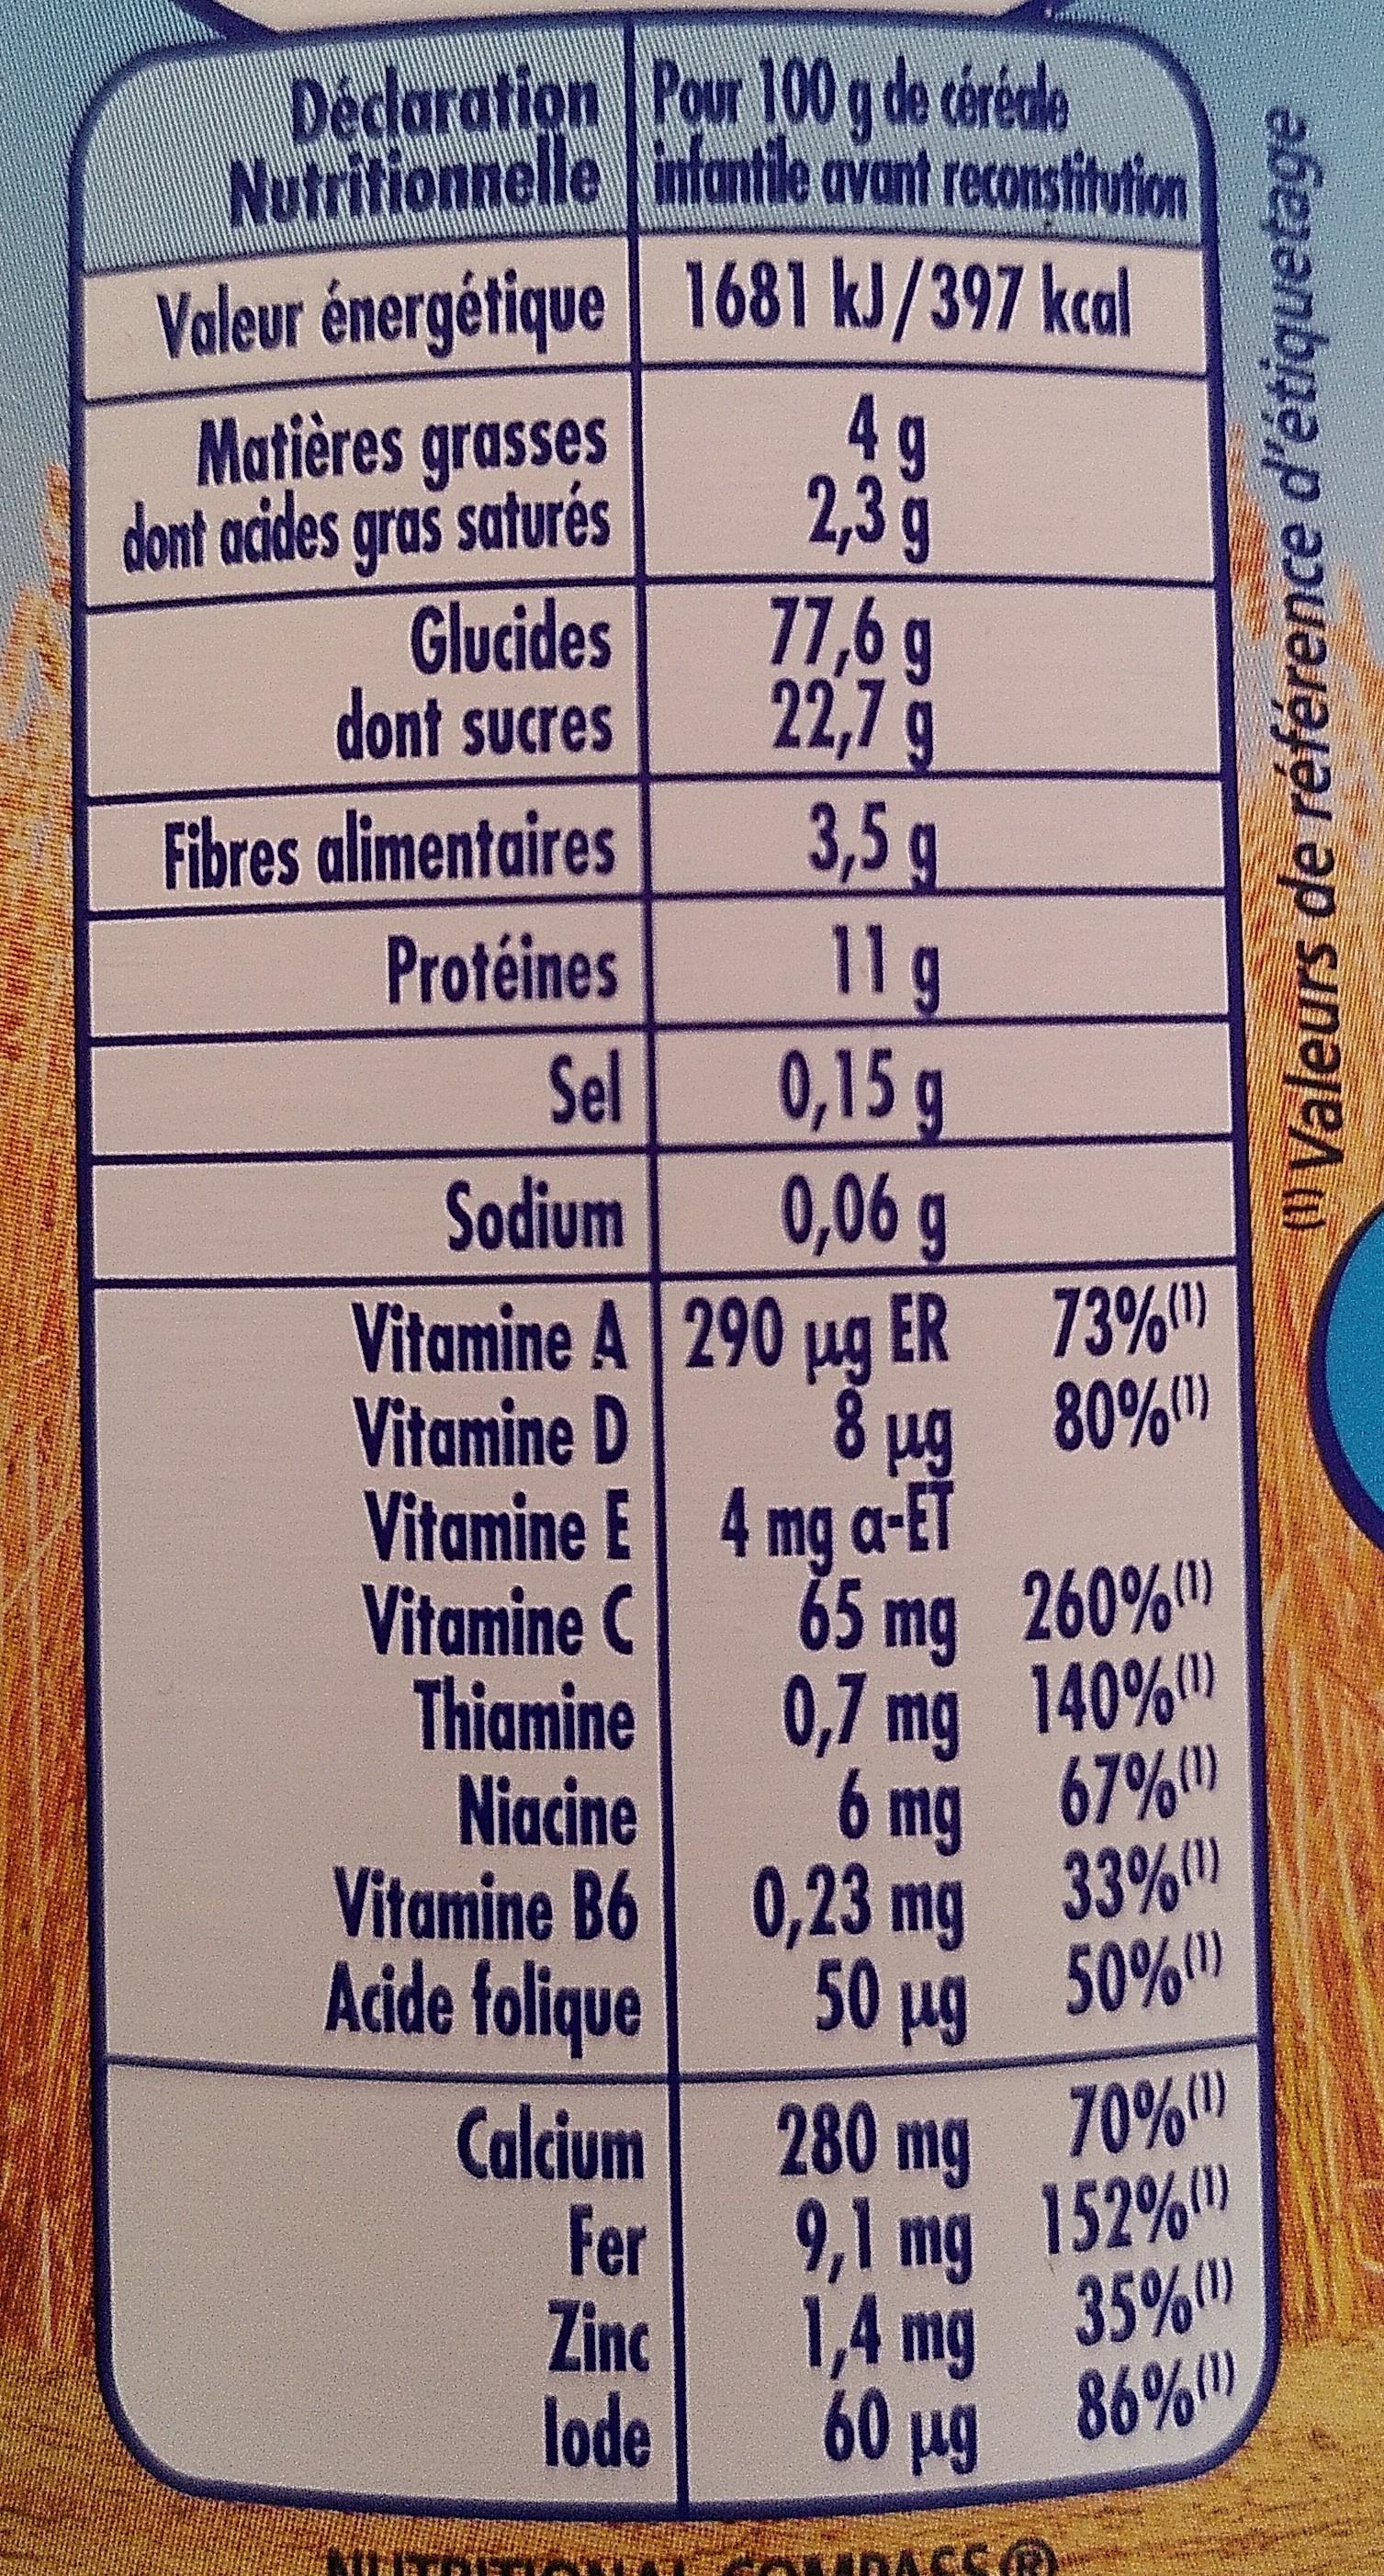
Déclaration Pour 100 g de cérécle Nutritionnelle intantile avant reconstitution
Valeur énergétique 1681 kJ/397 kcal 4g 2,3 g 77,6 g 22,7 g 3,5 g 11g 0,15 g 0,06g
Matières grasses dont acides gras saturés Glucides dont sucres
Fibres alimentaires
Protéines
Sel
Sodium
Vitamine A 290 ug ER 73%) Vitamine D
四 80%0)
8 ug Vitamine E 4 mg a-ET Vitamine C
65 mg 260%"
Thiamine
0,7 mg 140%"
Niacine
6 mg 67%)
Vitamine B6 0,23 mg 33%" Acide folique
50 ug 50%
280 mg 70% Fer
Calcium
9,1 mg 152%" Zinc
1,4 mg 35% lode
60 ug 86%0リ
" Valeurs de référence d'étiquetage